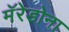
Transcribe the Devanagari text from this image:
मॅरेडोना